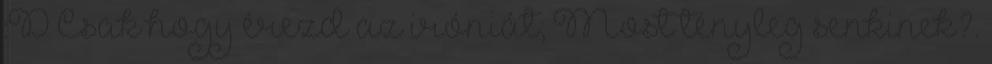
:D Csak hogy érezd az iróniát; Most tényleg senkinek?.